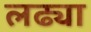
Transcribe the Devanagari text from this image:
लढ्या